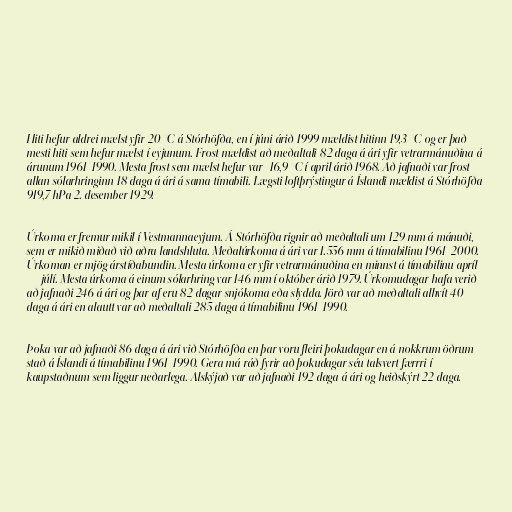
Hiti hefur aldrei mælst yfir 20 °C á Stórhöfða, en í júni árið 1999 mældist hitinn 19,3 °C og er það
mesti hiti sem hefur mælst í eyjunum. Frost mældist að meðaltali 82 daga á ári yfir vetrarmánuðina á
árunum 1961-1990. Mesta frost sem mælst hefur var -16,9 °C í april árið 1968. Að jafnaði var frost
allan sólarhringinn 18 daga á ári á sama tímabili. Lægsti loftþrýstingur á Íslandi mældist á Stórhöfða
919,7 hPa 2. desember 1929.

Úrkoma er fremur mikil í Vestmannaeyjum. Á Stórhöfða rignir að meðaltali um 129 mm á mánuði,
sem er mikið miðað við aðra landshluta. Meðalúrkoma á ári var 1.556 mm á tímabilinu 1961-2000.
Úrkoman er mjög árstíðabundin. Mesta úrkoma er yfir vetrarmánuðina en minnst á tímabilinu apríl
— júlí. Mesta úrkoma á einum sólarhring var 146 mm í október árið 1979. Úrkomudagar hafa verið
að jafnaði 246 á ári og þar af eru 82 dagar snjókoma eða slydda. Jörð var að meðaltali alhvít 40
daga á ári en alautt var að meðaltali 285 daga á tímabilinu 1961-1990.

Þoka var að jafnaði 86 daga á ári við Stórhöfða en þar voru fleiri þokudagar en á nokkrum öðrum
stað á Íslandi á tímabilinu 1961-1990. Gera má ráð fyrir að þokudagar séu talsvert færrri í
kaupstaðnum sem liggur neðarlega. Alskýjað var að jafnaði 192 daga á ári og heiðskýrt 22 daga.